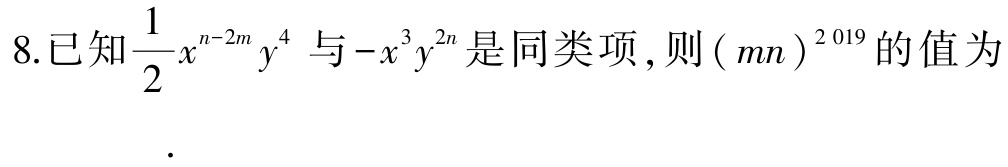
8.已知$\frac{1}{2}x^{n - 2m}y^{4}$与$-x^{3}y^{2n}$是同类项,则$(mn)^{2019}$的值为

.